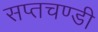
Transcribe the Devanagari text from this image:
सप्तचण्डी